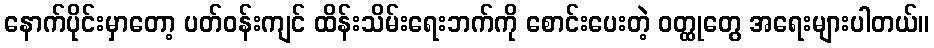
နောက်ပိုင်းမှာတော့ ပတ်ဝန်းကျင် ထိန်းသိမ်းရေးဘက်ကို စောင်းပေးတဲ့ ဝတ္ထုတွေ အရေးများပါတယ်။